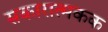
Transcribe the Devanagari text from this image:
सकारात्मकक